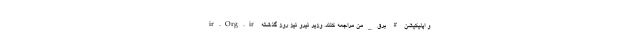
ir.Org.ir و اپلیکیشن # برق_من مراجعه کنند. وزیر نیرو نیز روز گذشته